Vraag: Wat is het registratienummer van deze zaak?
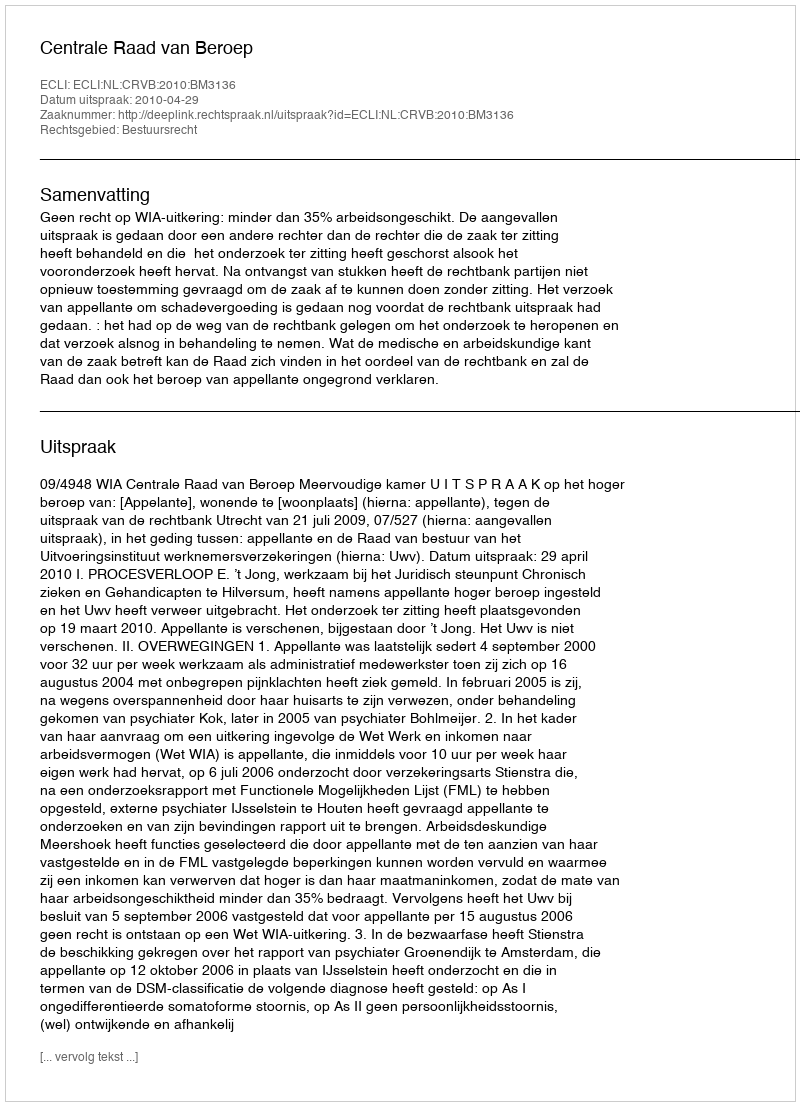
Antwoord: http://deeplink.rechtspraak.nl/uitspraak?id=ECLI:NL:CRVB:2010:BM3136